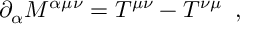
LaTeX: \partial _ { \alpha } { \cal M } ^ { \alpha \mu \nu } = { \cal T } ^ { \mu \nu } - { \cal T } ^ { \nu \mu } \; \; ,